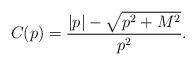
LaTeX: \begin{align*}C(p)=\frac{|p|-\sqrt{p^{2}+M^{2}}}{p^{2}}.\end{align*}